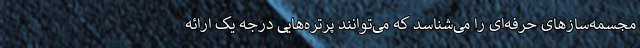
مجسمه‌سازهای حرفه‌ای را می‌شناسد که می‌توانند پرتره‌هایی درجه یک ارائه